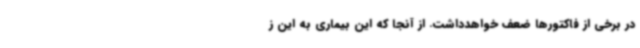
در برخی از فاکتورها ضعف خواهدداشت. از آنجا که این بیماری به این ز